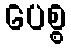
ပေစ္စ